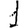
Digit: 1